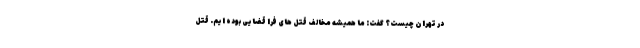
در تهران چیست؟ گفت: ما همیشه مخالف قتل های فرا قضایی بوده ایم. قتل